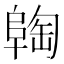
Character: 𬯈